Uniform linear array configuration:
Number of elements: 64
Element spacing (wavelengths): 0.75
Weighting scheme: kaiser
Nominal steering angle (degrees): -30
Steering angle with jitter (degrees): -31.502
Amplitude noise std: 0.05
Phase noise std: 0.05

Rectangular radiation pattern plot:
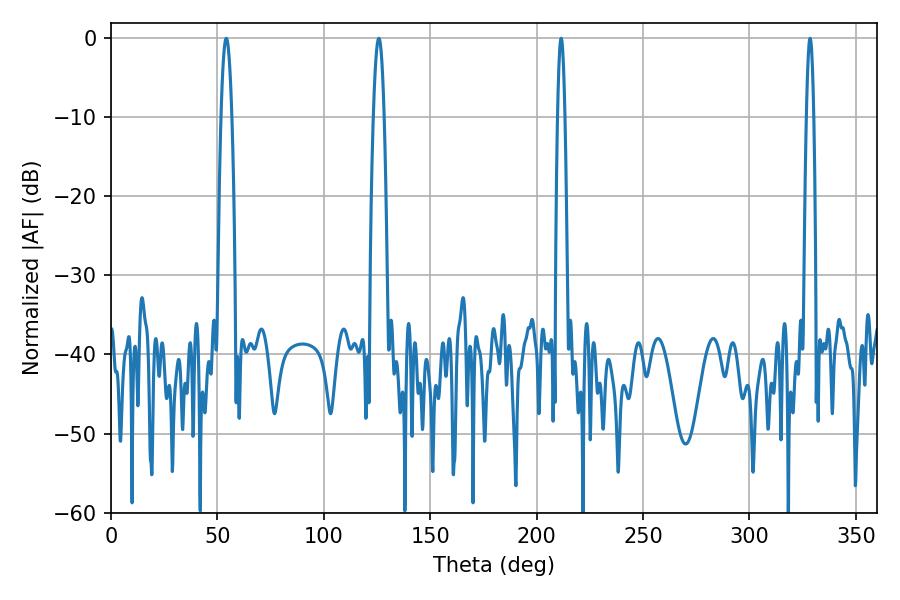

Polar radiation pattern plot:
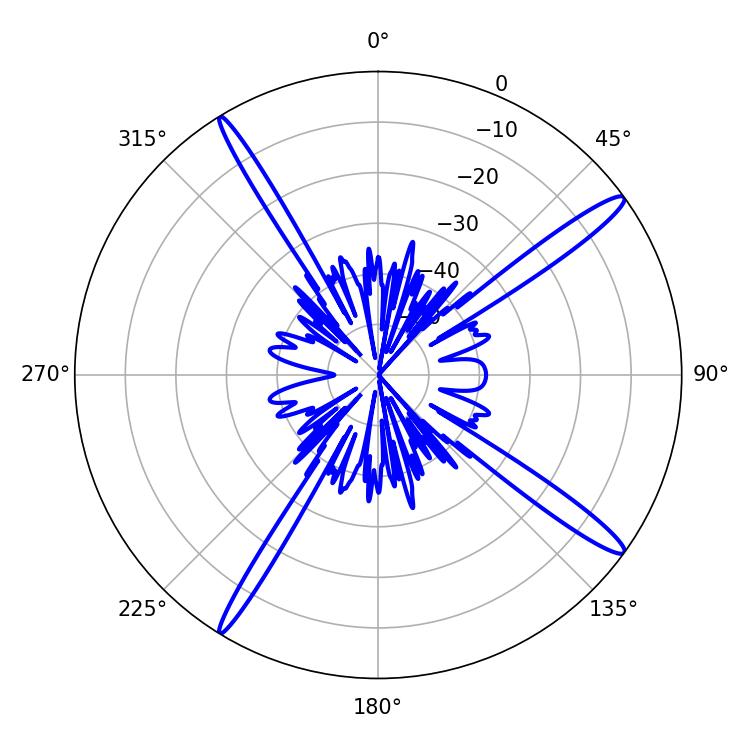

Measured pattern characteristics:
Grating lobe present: TRUE
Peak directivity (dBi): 16.187
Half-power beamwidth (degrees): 1.8
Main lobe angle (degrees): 211.5